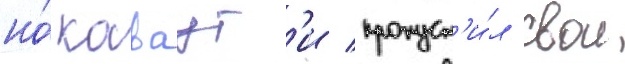
но́ каваут'и пропуст'и́л свои